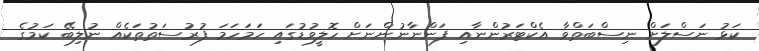
ކަޅު ނަސްލަށް ނިސްބަތްވާ އެކްޓަރުންނާއި ފަންނާނުންނަށް ހޮލީވުޑުގައި ހަމަހަމަ ފުރުސަތުތަކެއް ނުލިބޭ ކަމުގެ